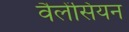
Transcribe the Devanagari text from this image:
वैलेंसियन